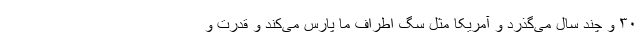
۳۰ و چند سال می‌گذرد و آمریکا مثل سگ اطراف ما پارس می‌کند و قدرت و